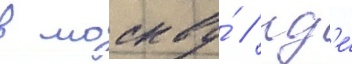
в москву́ / гд'е́